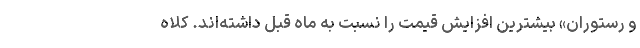
و رستوران» بیشترین افزایش قیمت را نسبت به ماه قبل داشته‌اند. کلاه